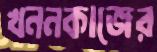
খননকাজের